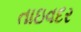
તાઇવદર